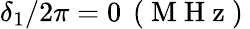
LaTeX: \delta_{1}/2\pi=0\, \mathrm{~(~M~H~z~)~}